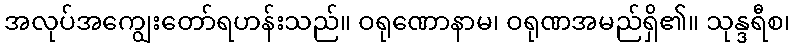
အလုပ်အကျွေးတော်ရဟန်းသည်။ ဝရုဏောနာမ၊ ဝရုဏအမည်ရှိ၏။ သုန္ဒရီစ၊